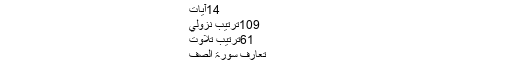
الصَّفّ - عرفان القرآن
14آيات
109ترتيب نزولي
61ترتيب تلاوت
تعارف سورۃ الصف
اس سورہ مبارکہ کا نام الصف ہے۔